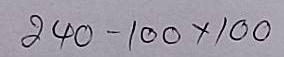
240 - 100 x 100